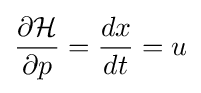
{\frac {\partial {\mathcal {H}}}{\partial p}}={\frac {dx}{dt}}=u